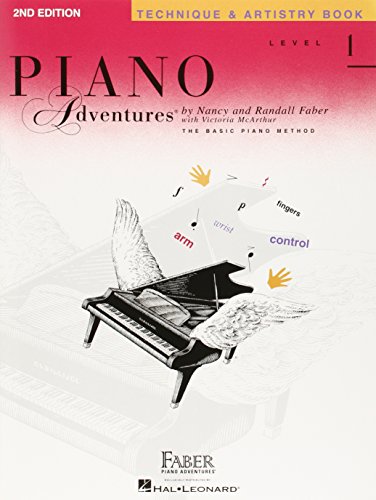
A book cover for Level 1 - Technique & Artistry Book: Piano Adventures; Humor & Entertainment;